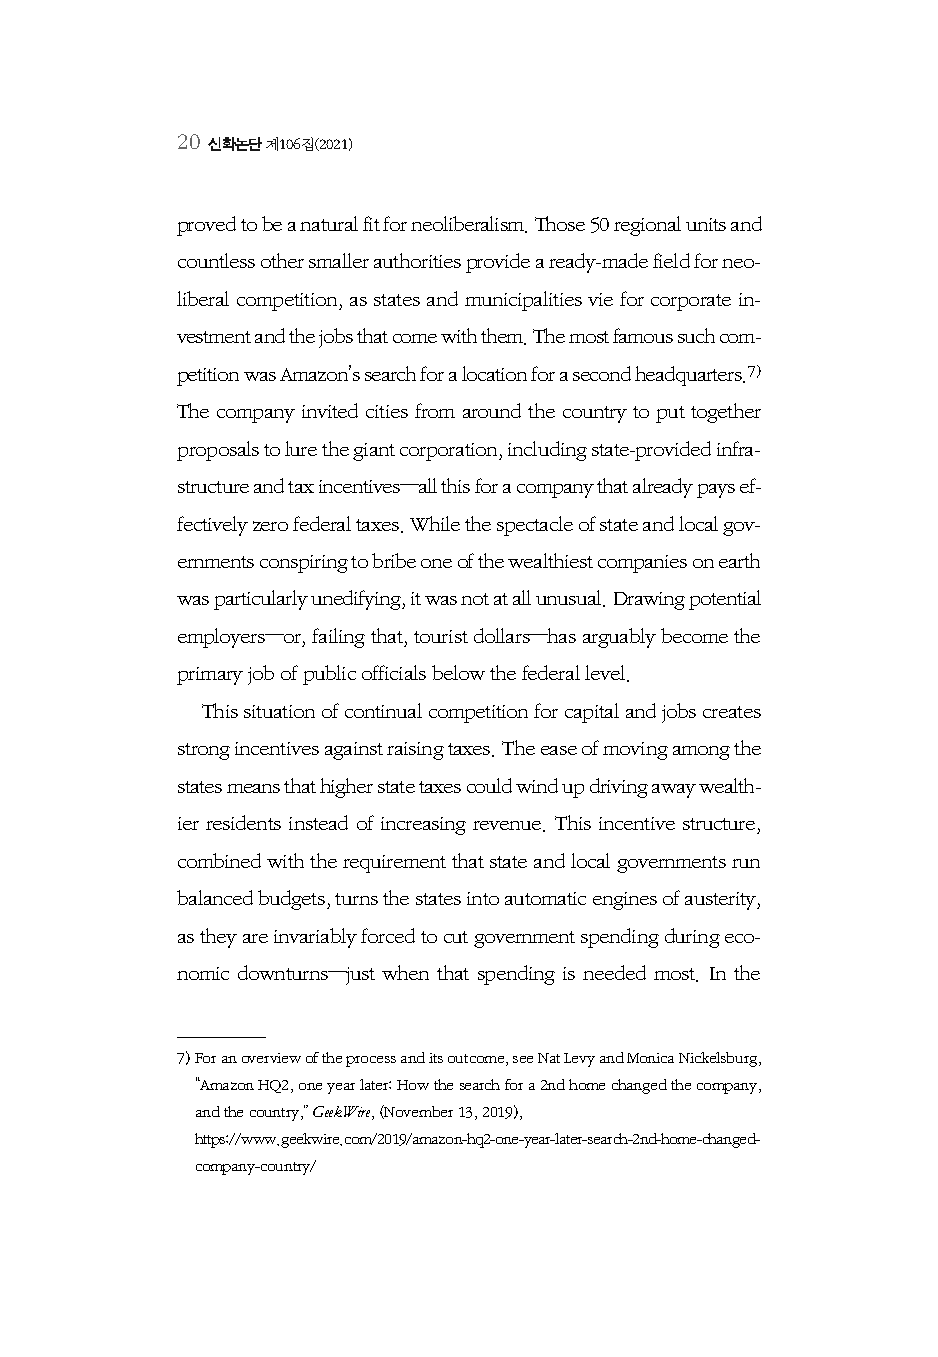
20 신학논단 제106집(2021)
 proved to be a natural fit for neoliberalism. Those 50 regional units and
 countless other smaller authorities provide a ready-made field for neo-
 liberal competition, as states and municipalities vie for corporate in-
 vestment and the jobs that come with them. The most famous such com-
 petition was Amazon’s search for a location for a second headquarters.7)
 The company invited cities from around the country to put together
 proposals to lure the giant corporation, including state-provided infra-
 structure and tax incentives—all this for a company that already pays ef-
 fectively zero federal taxes. While the spectacle of state and local gov-
 ernments conspiring to bribe one of the wealthiest companies on earth
 was particularly unedifying, it was not at all unusual. Drawing potential
 employers—or, failing that, tourist dollars—has arguably become the
 primary job of public officials below the federal level.
 This situation of continual competition for capital and jobs creates
 strong incentives against raising taxes. The ease of moving among the
 states means that higher state taxes could wind up driving away wealth-
 ier residents instead of increasing revenue. This incentive structure,
 combined with the requirement that state and local governments run
 balanced budgets, turns the states into automatic engines of austerity,
 as they are invariably forced to cut government spending during eco-
 nomic downturns—just when that spending is needed most. In the
 7) For an overview of the process and its outcome, see Nat Levy and Monica Nickelsburg,
 “Amazon HQ2, one year later: How the search for a 2nd home changed the company,
 and the country,” GeekWire, (November 13, 2019),
 https://www.geekwire.com/2019/amazon-hq2-one-year-later-search-2nd-home-changed-
 company-country/